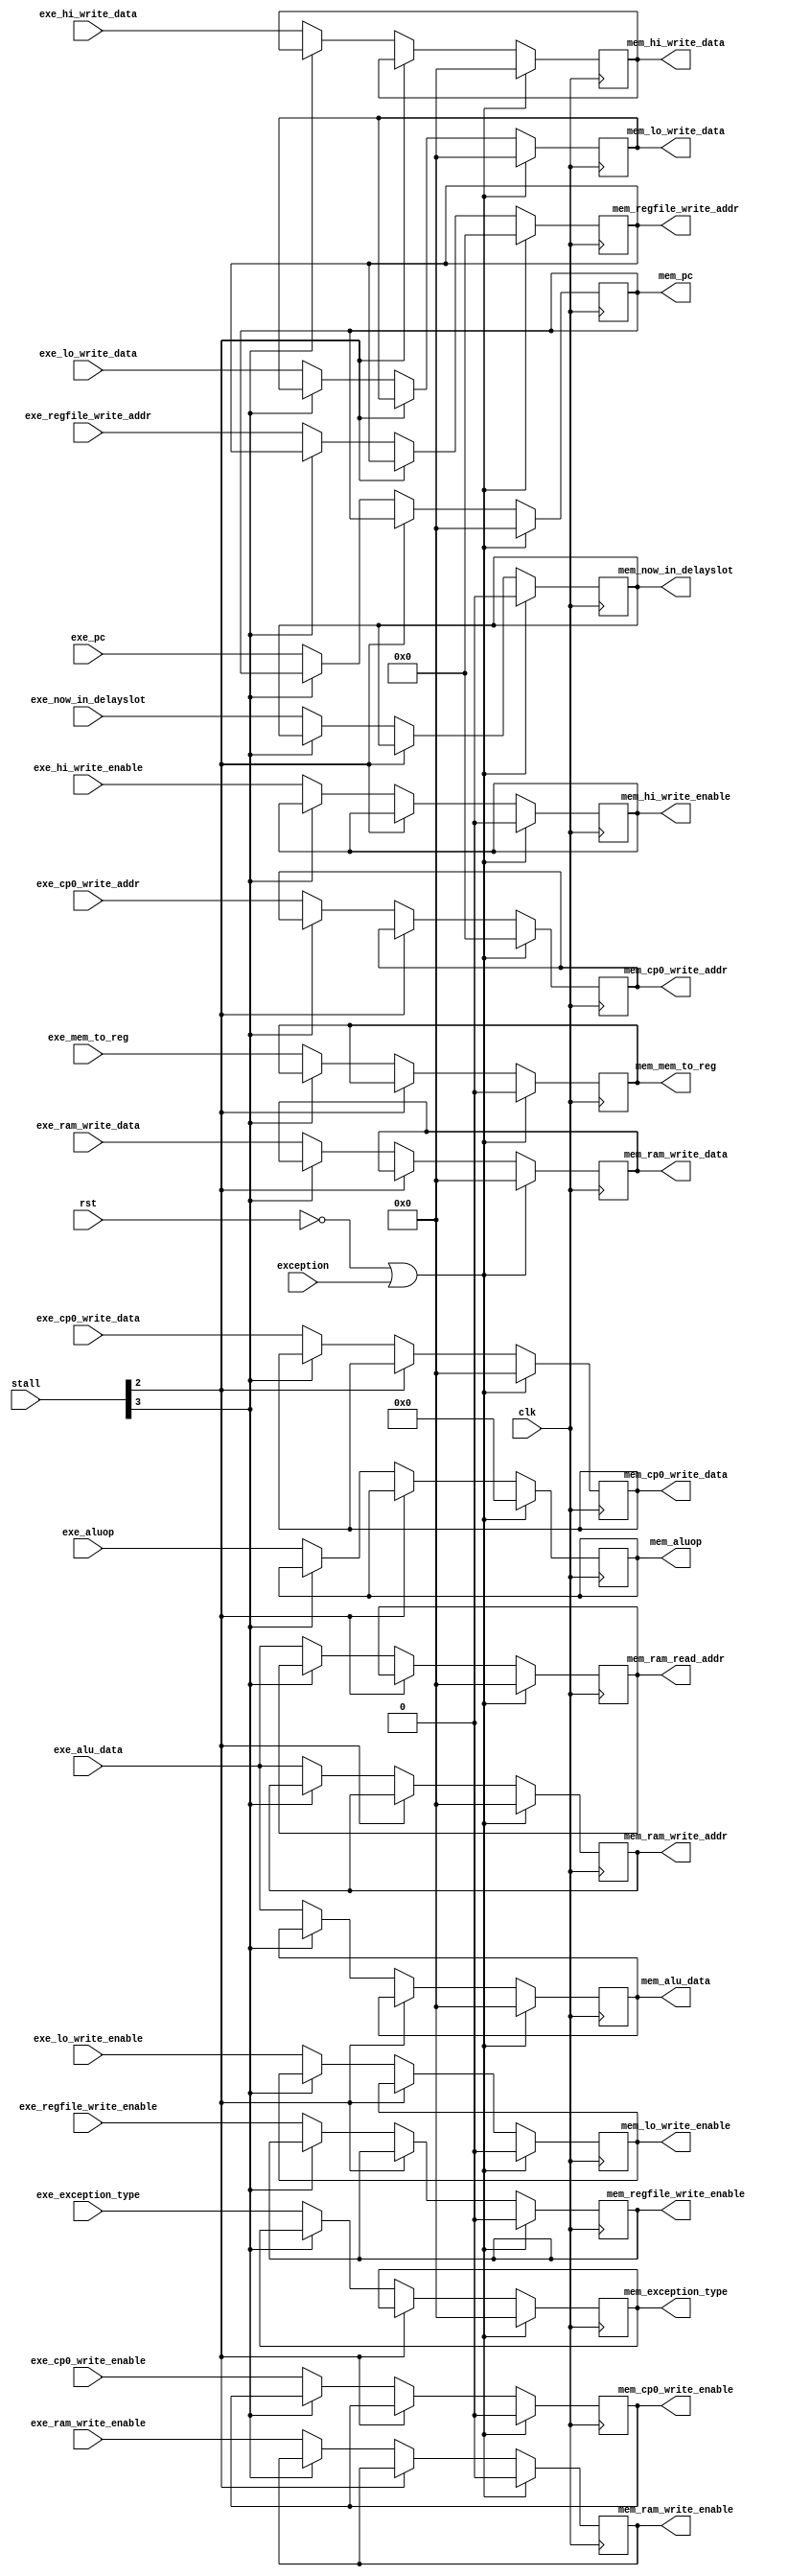
module ex_mem(
    input                       rst,
    input                       clk,
    input                       exception,
    input   [3:0]               stall,
    input   [31:0]              exe_pc,
    input   [7:0]               exe_aluop,
    input                       exe_now_in_delayslot,
    input   [31:0]              exe_exception_type,
    input                       exe_regfile_write_enable,
    input                       exe_ram_write_enable,
    input                       exe_hi_write_enable,
    input                       exe_lo_write_enable,
    input                       exe_cp0_write_enable,
    input   [4:0]               exe_regfile_write_addr,
    input   [4:0]               exe_cp0_write_addr,
    input   [31:0]              exe_alu_data,
    input   [31:0]              exe_ram_write_data,
    input   [31:0]              exe_hi_write_data,
    input   [31:0]              exe_lo_write_data,
    input   [31:0]              exe_cp0_write_data,
    input                       exe_mem_to_reg,
    
    output  reg[31:0]           mem_pc,
    output  reg[7:0]            mem_aluop,
    output  reg                 mem_now_in_delayslot,
    output  reg[31:0]           mem_exception_type,
    output  reg                 mem_regfile_write_enable,
    output  reg                 mem_ram_write_enable,
    output  reg                 mem_hi_write_enable,
    output  reg                 mem_lo_write_enable,
    output  reg                 mem_cp0_write_enable,
    output  reg[4:0]            mem_regfile_write_addr,
    output  reg[31:0]           mem_ram_write_addr,
    output  reg[4:0]            mem_cp0_write_addr,
    output  reg[31:0]           mem_alu_data,
    output  reg[31:0]           mem_ram_write_data,
    output  reg[31:0]           mem_hi_write_data,
    output  reg[31:0]           mem_lo_write_data,
    output  reg[31:0]           mem_cp0_write_data,
    output  reg                 mem_mem_to_reg,
    output  reg[31:0]           mem_ram_read_addr
);

wire inst_stall, id_stall, exe_stall, data_stall;
assign inst_stall = stall[0];
assign id_stall = stall[1];
assign exe_stall = stall[2];
assign data_stall = stall[3];

always @ (posedge clk) begin
    if (rst == 1'b0 || exception == 1'b1) begin
        mem_pc <= 32'b0;
        mem_aluop <= 8'h00;
        mem_now_in_delayslot <= 1'b0;
        mem_exception_type <= 32'b0;
        mem_regfile_write_enable <= 1'b0;
        mem_ram_write_enable <= 1'b0;
        mem_hi_write_enable <= 1'b0;
        mem_lo_write_enable <= 1'b0;
        mem_cp0_write_enable <= 1'b0;
        mem_regfile_write_addr <= 5'b0;
        mem_ram_write_addr <= 32'b0;
        mem_cp0_write_addr <= 32'b0;
        mem_alu_data <= 32'b0;
        mem_ram_write_data <= 32'b0;
        mem_hi_write_data <= 32'b0;
        mem_lo_write_data <= 32'b0;
        mem_cp0_write_data <= 32'b0;
        mem_mem_to_reg <= 1'b0;
        mem_ram_read_addr <= 32'b0;
    end 
    else if (exe_stall == 1'b1); 
    else begin
        if (data_stall == 1'b0) begin
            mem_pc <= exe_pc;
            mem_aluop <= exe_aluop;
            mem_now_in_delayslot <= exe_now_in_delayslot;
            mem_exception_type <= exe_exception_type;
            mem_regfile_write_enable <= exe_regfile_write_enable;
            mem_ram_write_enable <= exe_ram_write_enable;
            mem_hi_write_enable <= exe_hi_write_enable;
            mem_lo_write_enable <= exe_lo_write_enable;
            mem_cp0_write_enable <= exe_cp0_write_enable;
            mem_regfile_write_addr <= exe_regfile_write_addr;
            mem_ram_write_addr <= exe_alu_data;
            mem_cp0_write_addr <= exe_cp0_write_addr;
            mem_alu_data <= exe_alu_data;
            mem_ram_write_data <= exe_ram_write_data;
            mem_hi_write_data <= exe_hi_write_data;
            mem_lo_write_data <= exe_lo_write_data;
            mem_cp0_write_data <= exe_cp0_write_data;
            mem_mem_to_reg <= exe_mem_to_reg;
            mem_ram_read_addr <= exe_alu_data;
        end
    end
end
endmodule